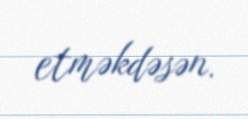
etməkdəsən.